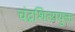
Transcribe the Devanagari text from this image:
चंद्रशिलायुक्त